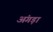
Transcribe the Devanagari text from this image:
अंगड़ा